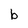
Character: b